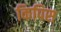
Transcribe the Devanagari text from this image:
किपिस